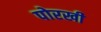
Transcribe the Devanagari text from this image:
पोरखी